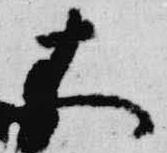
大